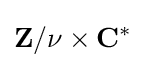
\mathbf {Z} /\nu \times \mathbf {C} ^{*}